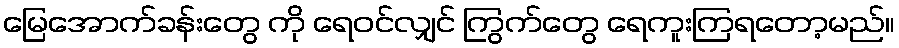
မြေအောက်ခန်းတွေ ကို ရေဝင်လျှင် ကြွက်တွေ ရေကူးကြရတော့မည်။